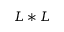
L * L